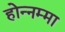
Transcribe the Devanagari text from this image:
होन्नम्मा